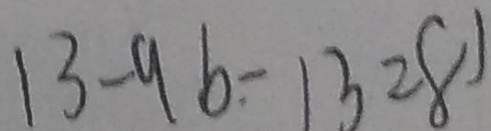
1 3 - 9 b - 1 3 = 8 )